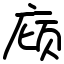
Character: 庼